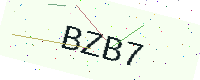
Text: BZB7